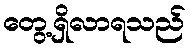
တွေ့ရှိလာရသည်